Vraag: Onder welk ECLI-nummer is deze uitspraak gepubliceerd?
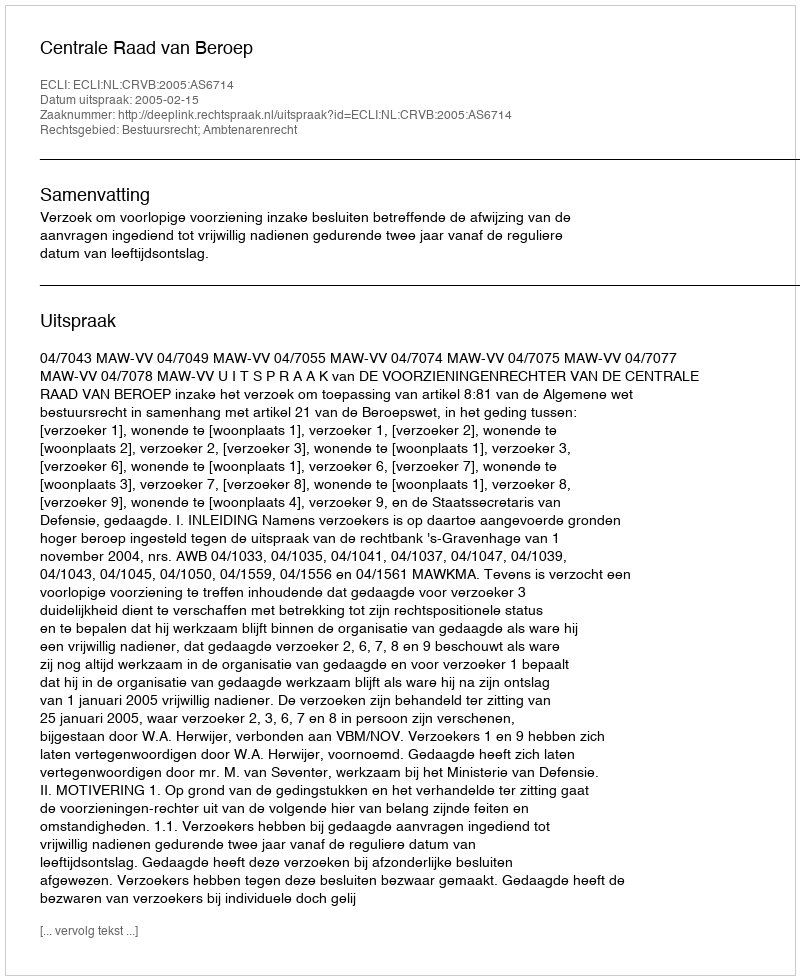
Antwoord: ECLI:NL:CRVB:2005:AS6714